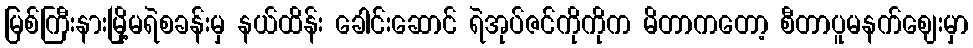
မြစ်ကြီးနားမြို့မရဲစခန်းမှ နယ်ထိန်း ခေါင်းဆောင် ရဲအုပ်ဇင်ကိုကိုက မိတာကတော့ စီတာပူမနက်ဈေးမှာ